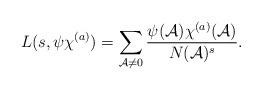
LaTeX: \begin{align*} L(s, \psi\chi^{(a)})=\sum_{\mathcal{A} \neq 0} \frac{\psi(\mathcal{A})\chi^{(a)}(\mathcal{A})}{N(\mathcal{A})^s}.\end{align*}